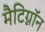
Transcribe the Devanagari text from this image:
मैटिग्नॉन